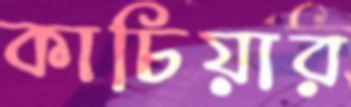
কাচিয়ার